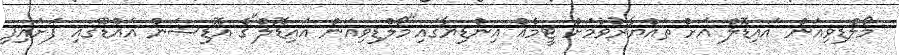
މޯލްޑިވިއަން އައިޑޮލް އަށް ތައްޔާރުވުމަށް ޓީމެއް އިންޑިޔާގައި"މޯލްޑިވިއަން އައިޑޮލް"ގެ އޮޑިޝަން އައްޑޫގައި ފަށައިފި